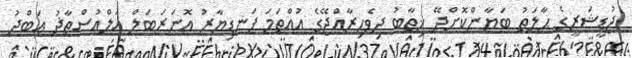
ޖުޑީޝަރީގެ ޙާލަތު ބަޔާންކޮށްދޭ ޚިޠާބު ދިވެހިރާއްޖޭގެ އުއްތަމަ ފަނޑިޔާރު އޮނަރަބަލް އަލްއުސްތާޛު ޢަބްދު